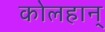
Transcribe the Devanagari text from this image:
कोलहान्